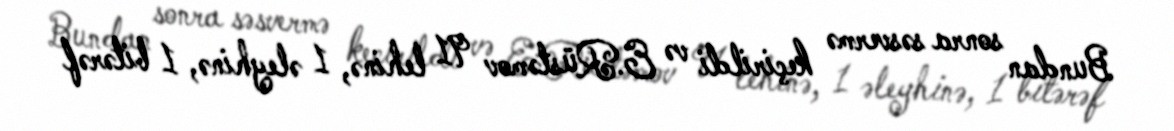
Bundan sonra səsvermə keçirildi və E.Rüstəmov 91 lehinə, 1 əleyhinə, 1 bitərəf